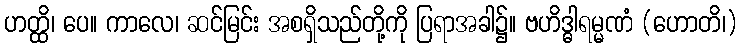
ဟတ္ထိ၊ ပေ။ ကာလေ၊ ဆင်မြင်း အစရှိသည်တို့ကို ပြရာအခါ၌။ ဗဟိဒ္ဓါရမ္မဏံ (ဟောတိ၊)